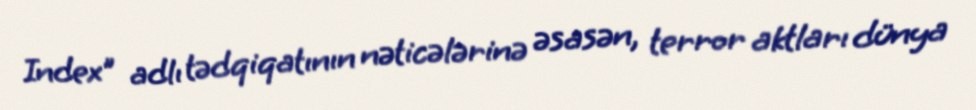
Index" adlı tədqiqatının nəticələrinə əsasən, terror aktları dünya